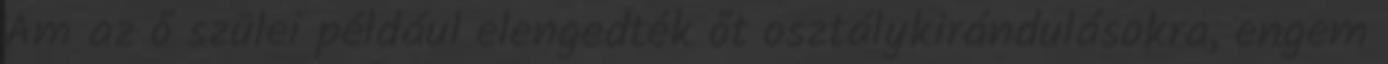
Ám az ő szülei például elengedték őt osztálykirándulásokra, engem